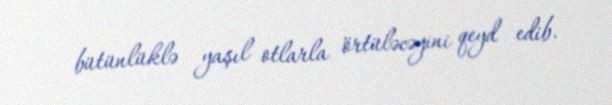
bütünlüklə yaşıl otlarla örtüləcəyini qeyd edib.